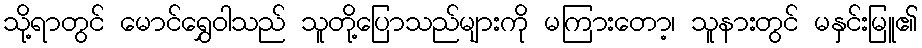
သို့ရာတွင် မောင်ရွှေဝါသည် သူတို့ပြောသည်များကို မကြားတော့၊ သူနားတွင် မနှင်းမြူ၏